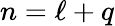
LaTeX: n=\ell+q